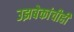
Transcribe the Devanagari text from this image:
उझबेकांचीही